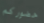
حضوركم